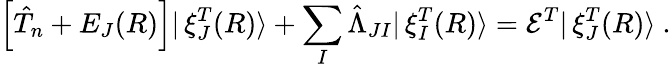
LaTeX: \Big[\hat{T}_{n}+E_{J}(R)\Big]|\, \mathbf{\xi}_{J}^{T}(R)\rangle+\sum_{I}\hat{\Lambda}_{JI}|\, \mathbf{\xi}_{I}^{T}(R)\rangle=\mathcal{E}^{T}|\, \mathbf{\xi}_{J}^{T}(R)\rangle~.